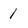
Character: 1